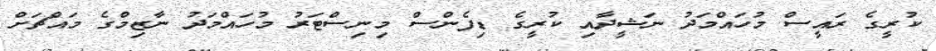
ކުރީގެ ރައީސް މުހައްމަދު ނަޝީދާއި ކުރީގެ ޑިފެންސް މިނިސްޓަރު މުހައްމަދު ނާޒިމްގެ މައްޗަށް